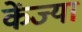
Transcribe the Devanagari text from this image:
केंज्या